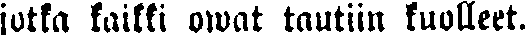
jotka kaikki owat tautiin kuolleet.